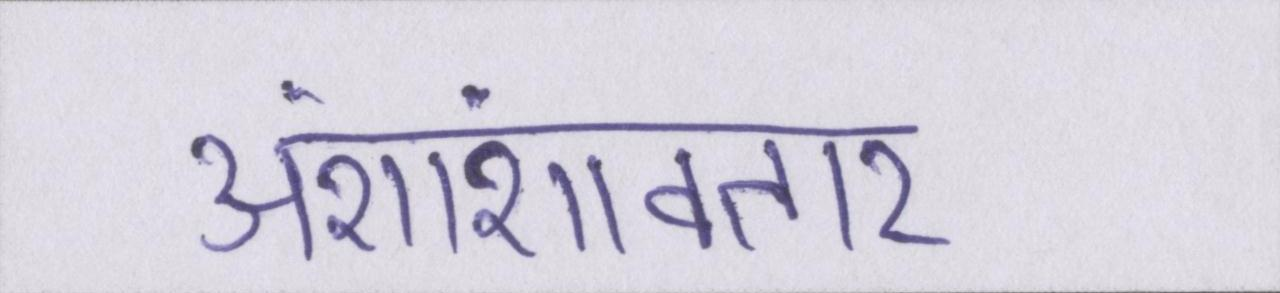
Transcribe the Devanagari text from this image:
अंशांशावतार